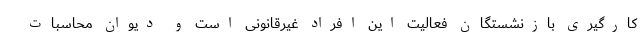
‌کارگیری بازنشستگان فعالیت این افراد غیرقانونی است و دیوان محاسبات